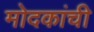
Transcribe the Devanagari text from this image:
मोदकांची